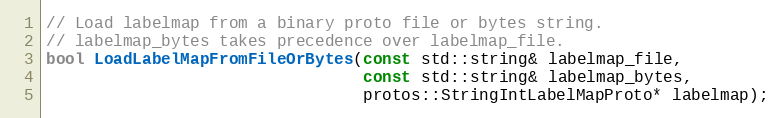
Language: C
// Load labelmap from a binary proto file or bytes string.
// labelmap_bytes takes precedence over labelmap_file.
bool LoadLabelMapFromFileOrBytes(const std::string& labelmap_file,
                                 const std::string& labelmap_bytes,
                                 protos::StringIntLabelMapProto* labelmap);